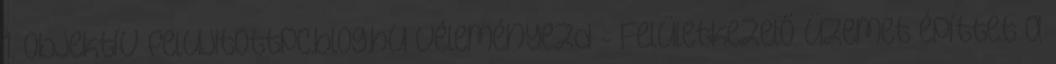
1. Objektív felujitottpc.blog.hu Véleményezd - Felületkezelő üzemet építtet a